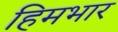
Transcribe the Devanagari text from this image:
हिमभार